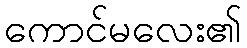
ကောင်မလေး၏